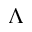
\Lambda